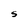
Character: S